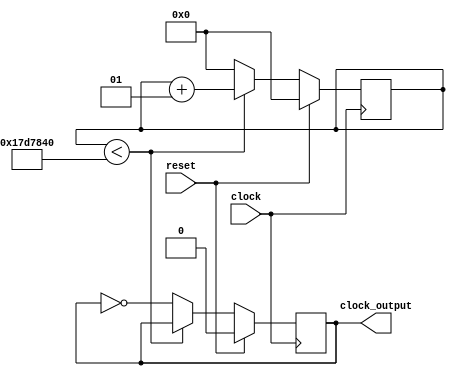
module ClockManager  #(parameter N_COUNT = 25000000) 
(input reset, input clock, output reg clock_output);

initial

begin
	clock_output = 1;
end

integer count = 1;

always@(posedge clock)
	begin
		if (reset)
		begin
			count <= 0;
			clock_output <= 0;
		end
		else
		begin		
			if (count<N_COUNT)
			begin
				count <= count + 1;
			end
			else begin
				count <= 0;
				clock_output <= ~clock_output;
			end
		end
	end

endmodule